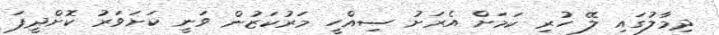
ދިމާލުގައި ލޭ ހުރި ކަމަށް އެރަށު ސިއްހީ މަރުކަޒުން ވަނީ ކަށަވަރު ކޮށްދީފަ